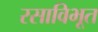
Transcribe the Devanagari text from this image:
रसाविभूत